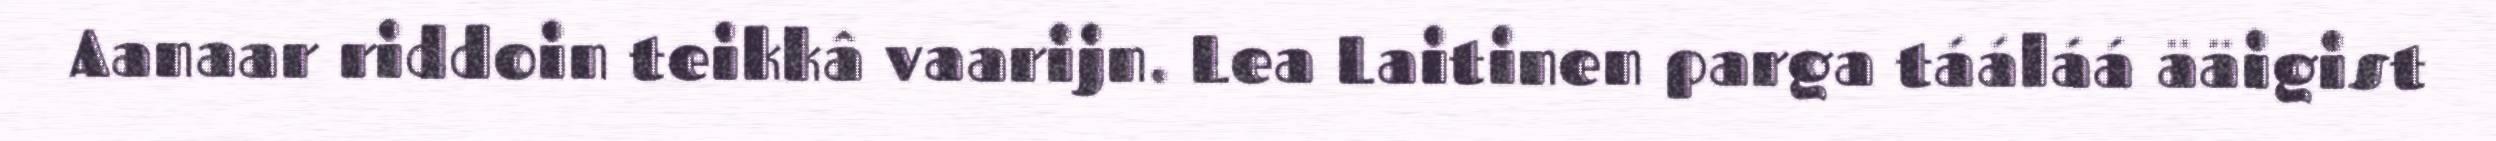
Aanaar riddoin teikkâ vaarijn. Lea Laitinen parga tááláá ääigist